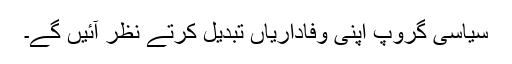
سیاسی گروپ اپنی وفاداریاں تبدیل کرتے نظر آئیں گے۔